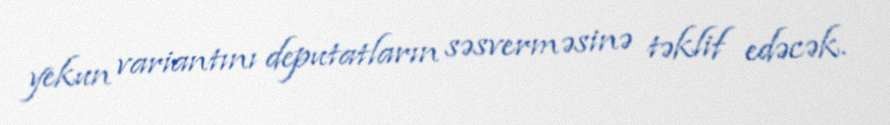
yekun variantını deputatların səsverməsinə təklif edəcək.